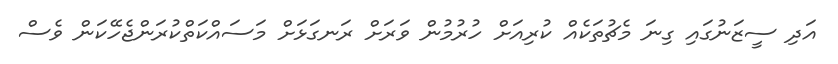
އަދި ސީޒަނުގައި ގިނަ މެޗުތަކެއް ކުރިއަށް ހުރުމުން ވަރަށް ރަނގަޅަށް މަސައްކަތްކުރަންޖެހޭކަން ވެސް